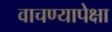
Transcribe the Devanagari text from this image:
वाचण्यापेक्षा